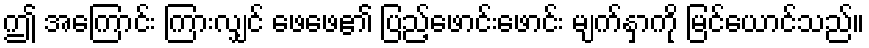
ဤ အကြောင်း ကြားလျှင် ဖေဖေ၏ ပြည့်ဖောင်းဖောင်း မျက်နှာကို မြင်ယောင်သည်။